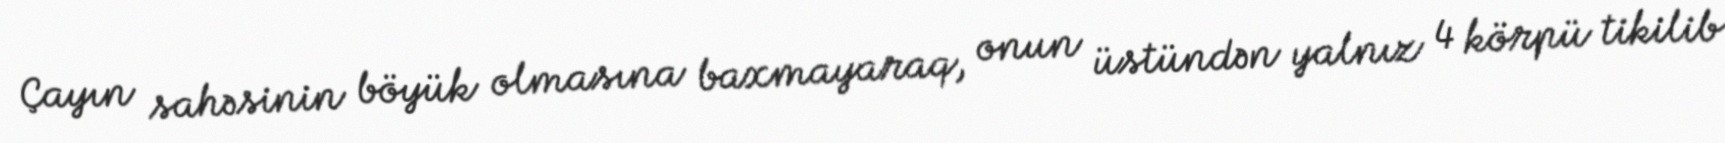
Çayın sahəsinin böyük olmasına baxmayaraq, onun üstündən yalnız 4 körpü tikilib